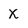
Character: x